Civil Veterinary Department Bengal reports 1933-51 - 1933-1951
Year: 1933
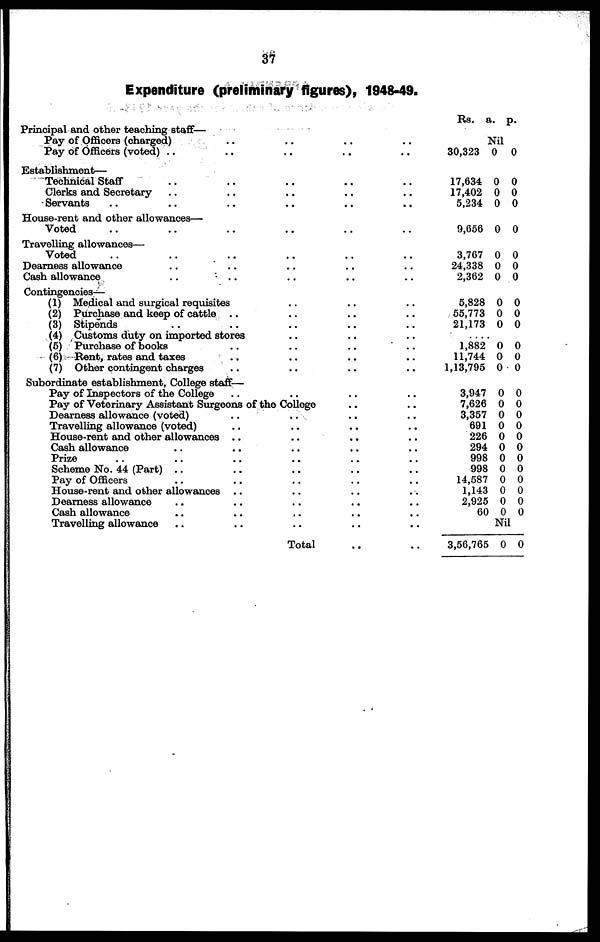
37
Expenditure (preliminary figures), 1948-49.
Principal and other teaching staff—
Pay of Officers (charged) .. .. .. ..
Pay of Officers (voted) .. .. .. .. ..
Establishment—
Technical Staff .. .. .. .. ..
Clerks and Secretary .. .. .. .. ..
Servants .. .. .. .. .. ..
House-rent and other allowances—
Voted .. .. .. .. .. ..
Travelling allowances—
Voted .. .. .. .. .. ..
Dearness allowance .. .. .. .. ..
Cash allowance .. .. .. .. .. ..
Contingencies—
(1) Medical and surgical requisites .. .. ..
(2) Purchase and keep of cattle .. .. .. .. ..
(3) Stipends .. .. .. .. ..
(4) Customs duty on imported stores .. .. ..
(5) Purchase of books .. .. .. ..
(6) Bent, rates and taxes .. .. .. ..
(7) Other contingent charges .. .. .. ..
Subordinate establishment, College staff—
Pay of Inspectors of the College .. .. .. ..
Pay of Veterinary Assistant Surgeons of the College .. ..
Dearness allowance (voted) .. .. .. ..
Travelling allowance (voted) .. .. .. ..
House-rent and other allowances .. .. .. ..
Cash allowance .. .. .. .. ..
Prize .. .. .. .. .. ..
Scheme No. 44 (Part) .. .. .. .. ..
Pay of Officers .. .. .. .. ..
House-rent and other allowances .. .. .. ..
Dearness allowance .. .. .. .. ..
Cash allowance .. .. .. .. ..
Travelling allowance .. .. .. .. ..
Total .. ..
Rs.
a. p.
Nil
30,323
17,634
17,402
5,234
9,656
3,767
24,338
2,362
5,828
55,773
21,173
1,882
11,744
1,13,795
3,947
7,626
3,357
691
226
294
998
998
14,587
1,143
2,925
60
0
0
0
0
0
0
0
0
0
0
0
0
0
0
0
0
0
0
0
0
0
0
0
0
0
0
0
0
0
0
0
0
0
0
0
0
0
0
0
0
0
0
0
0
0
0
0
0
0
0
0
0
Nil
3,56,765 0 0